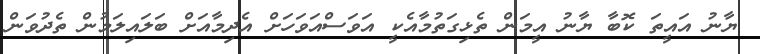
ޔާނު އައީތަ ކޮބާ ޔާނު އީމަން ތެޅިގަތުމާއެކީ އަވަސްއަވަހަށް އެދިމާއަށް ބަލައިލަމުން ތެދުވަން